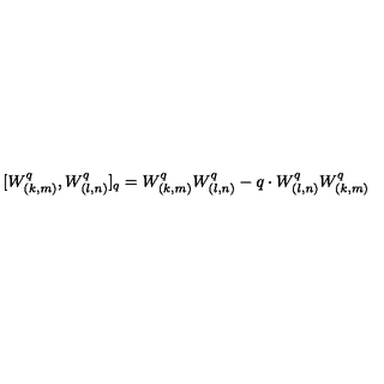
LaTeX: [ W _ { ( k , m ) } ^ { q } , W _ { ( l , n ) } ^ { q } ] _ { q } = W _ { ( k , m ) } ^ { q } W _ { ( l , n ) } ^ { q } - q \cdot W _ { ( l , n ) } ^ { q } W _ { ( k , m ) } ^ { q }